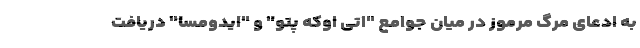
به ادعای مرگ مرموز در میان جوامع "اتی اوکه پتو" و "ایدومسا" دریافت